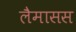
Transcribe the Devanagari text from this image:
लैमासस